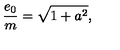
\frac { e _ { 0 } } { m } = \sqrt { 1 + a ^ { 2 } } ,